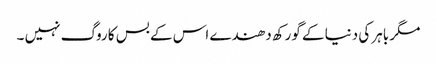
مگر باہر کی دنیا کے گورکھ دھندے اس کے بس کا روگ نہیں ۔